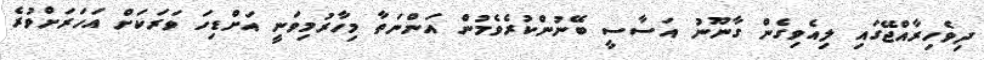
ދިވެހިރާއްޖޭގައި ލިއެވިގެން ގާނޫނު އަސާސީ ބޭނުންކުރެވެމުން އަންނަތާ މިހާރުމިވަނީ އަށްޑިހަ ވަރަކަށް އަހަރަށްވުރެ